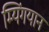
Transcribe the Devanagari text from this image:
म्यिंगयान